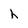
Character: h